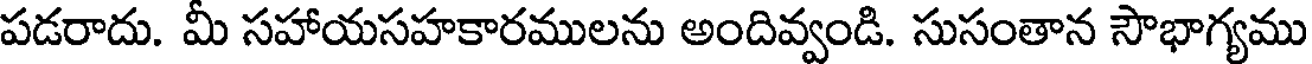
పడరాదు. మీ సహాయసహకారములను అందివ్వండి. సుసంతాన సౌభాగ్యము